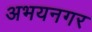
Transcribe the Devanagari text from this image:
अभयनगर